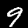
Label: 9